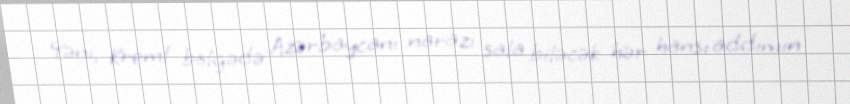
Yəni, Kreml bölgədə Azərbaycanı narazı sala biləcək hər hansı addımın